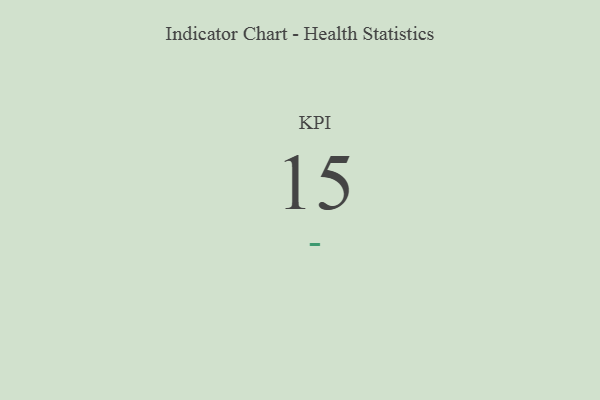
{"axis": {"x": "KPI", "y": "Value"}, "legend": [""], "data": [{"x": "KPI", "y": 15, "type": ""}]}